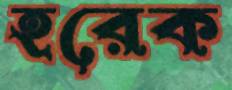
হরেক